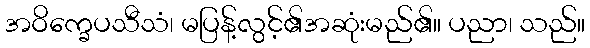
အဝိက္ခေပသီသံ၊ မပြန့်လွင့်၏အဆုံးမည်၏။ ပညာ၊ သည်။